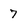
Character: 7